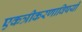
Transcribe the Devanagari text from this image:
एकत्रीकरणाविषयी